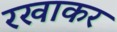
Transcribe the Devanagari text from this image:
रखाकर